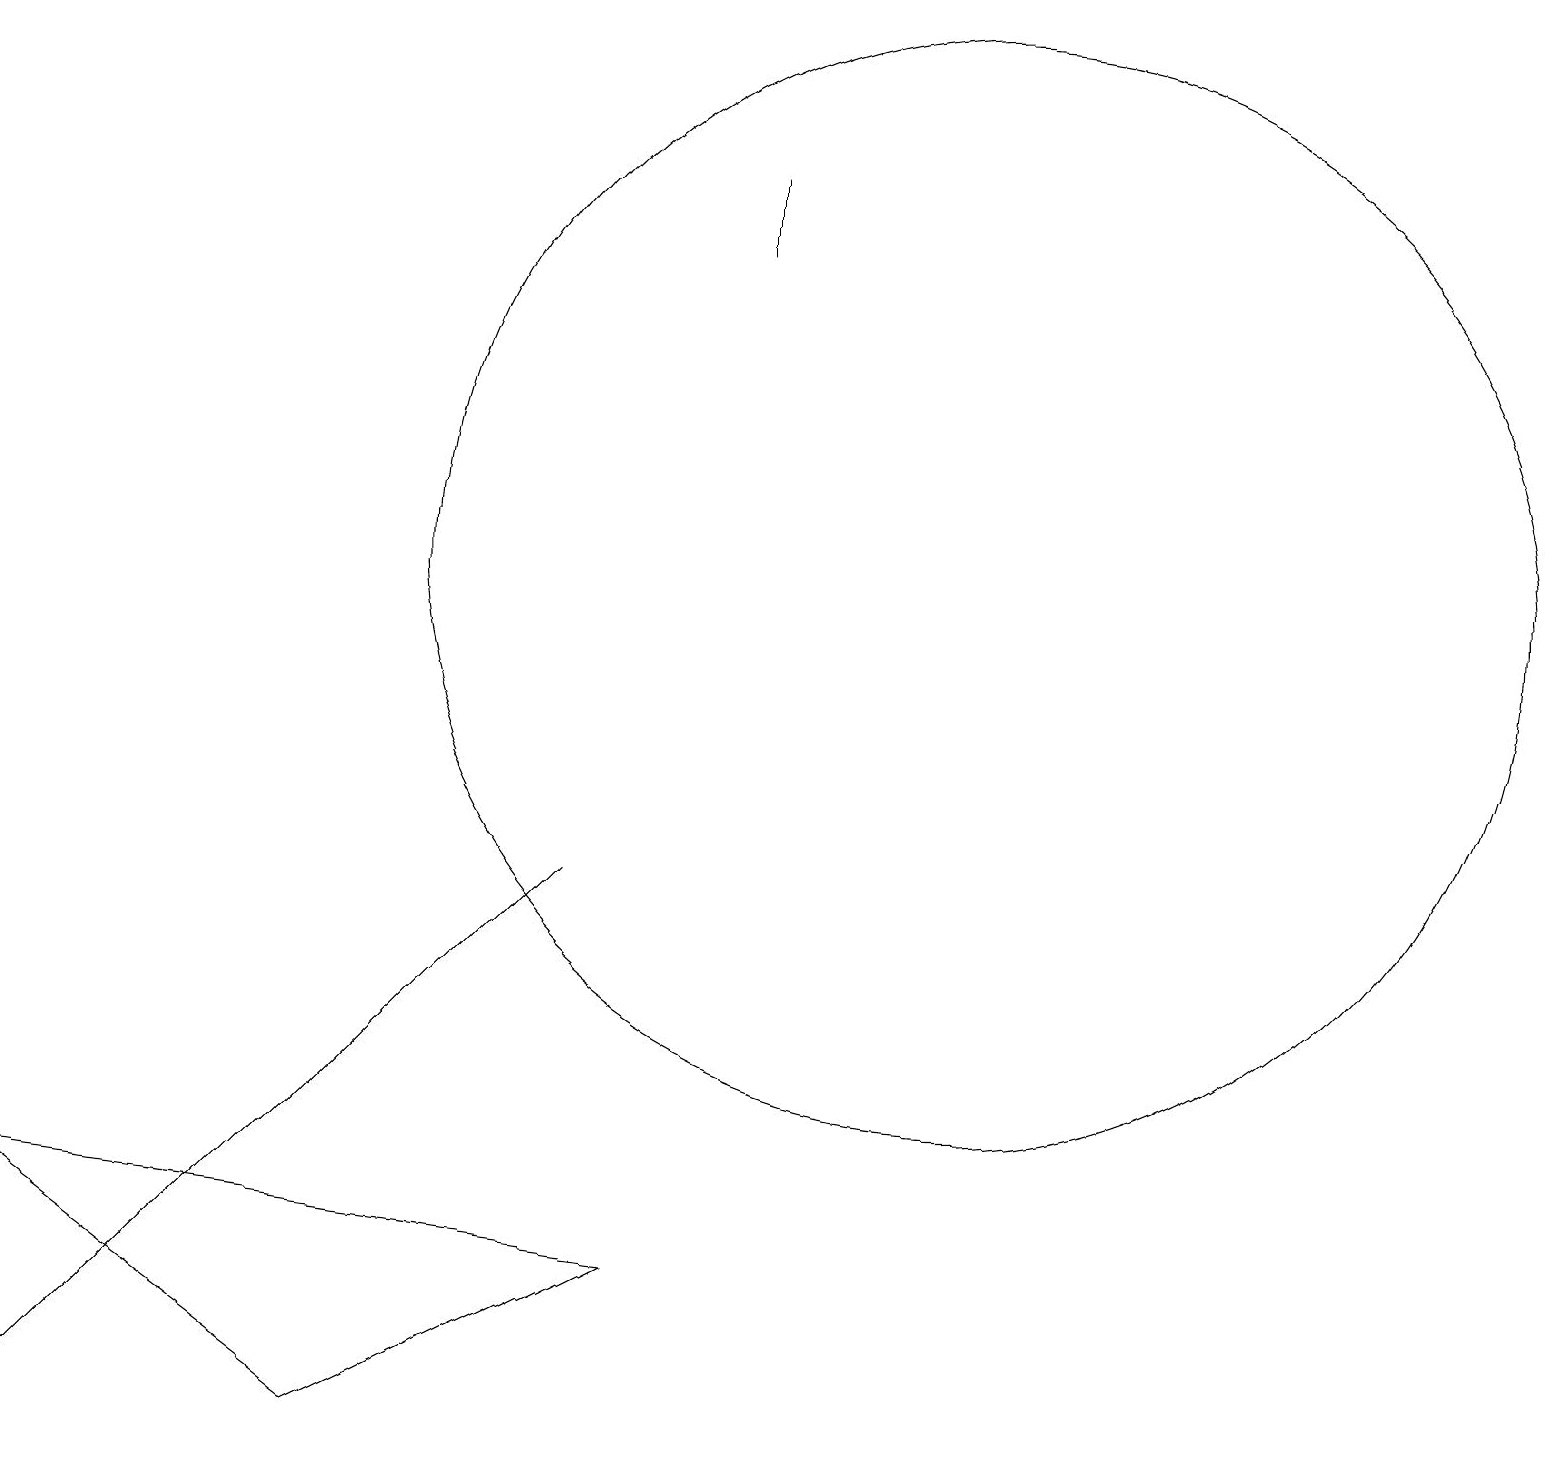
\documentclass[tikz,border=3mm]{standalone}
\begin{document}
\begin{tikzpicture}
\draw (4,1) -- (8,3) -- (0,4) -- cycle;
\draw (9,17) rectangle (9,16);
\draw (0,1) -- (6,7) -- (7,8) -- cycle;
\draw (12,12) circle (7);
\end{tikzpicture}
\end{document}